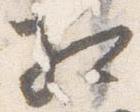
相